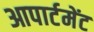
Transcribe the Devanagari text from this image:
आपार्टमेंट